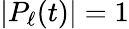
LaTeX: |P_{\ell}(t)|=1